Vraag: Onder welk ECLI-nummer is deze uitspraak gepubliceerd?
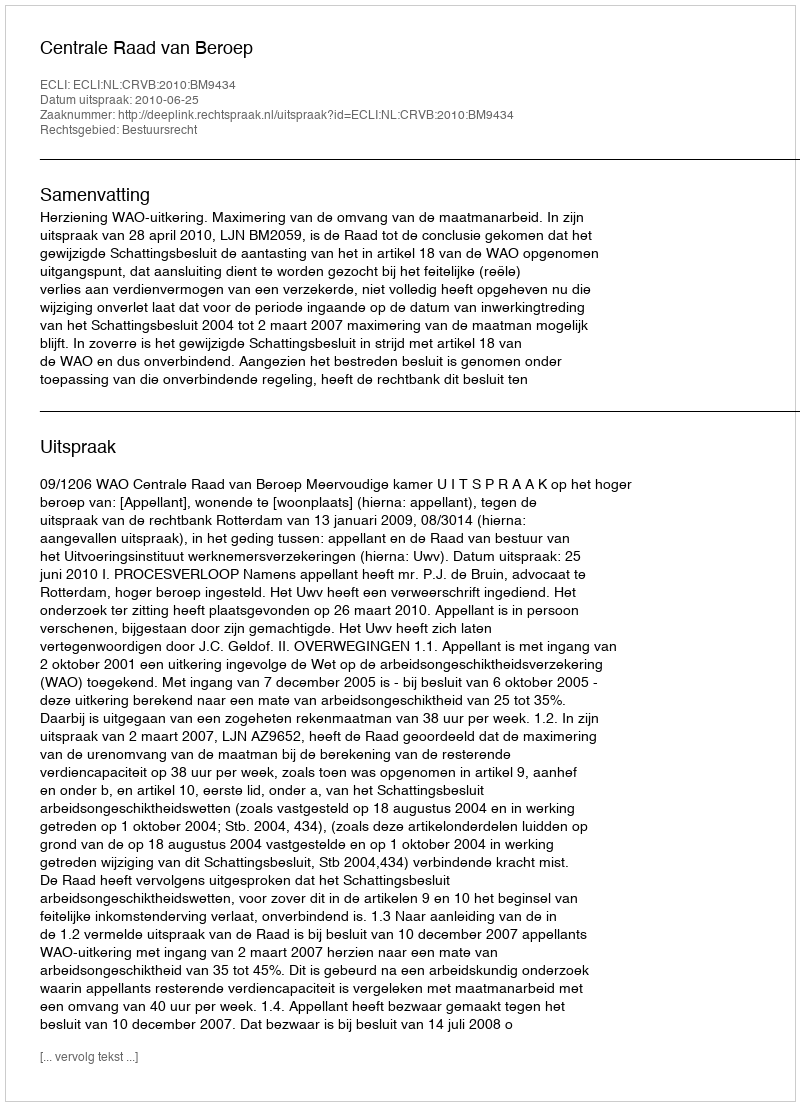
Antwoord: ECLI:NL:CRVB:2010:BM9434